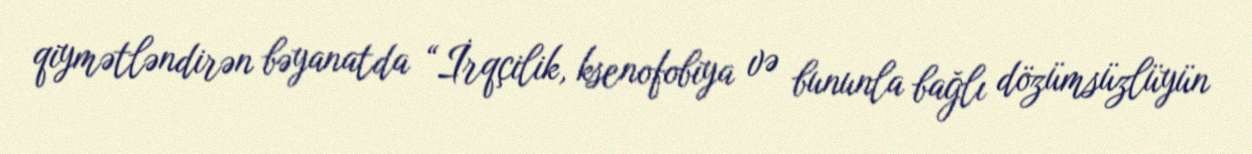
qiymətləndirən bəyanatda “İrqçilik, ksenofobiya və bununla bağlı dözümsüzlüyün